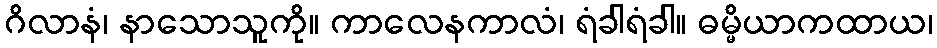
ဂိလာနံ၊ နာသောသူကို။ ကာလေနကာလံ၊ ရံခါရံခါ။ ဓမ္မိယာကထာယ၊